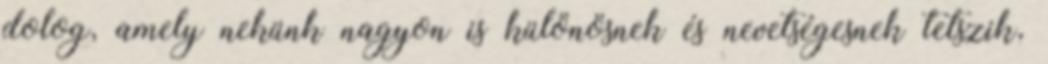
dolog, amely nekünk nagyon is különösnek és nevetségesnek tetszik,